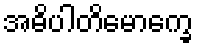
အဓိပါတိမောက္ခေ